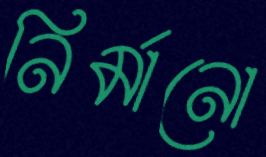
নির্মানো